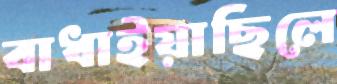
বাধাইয়াছিলে